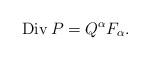
LaTeX: \begin{align*}\operatorname{Div}P=Q^{\alpha}F_{\alpha}.\end{align*}